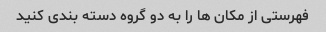
فهرستی از مکان ها را به دو گروه دسته بندی کنید